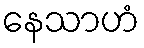
နေသာဟံ